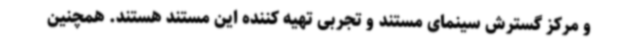
و مرکز گسترش سینمای مستند و تجربی تهیه کننده این مستند هستند. همچنین